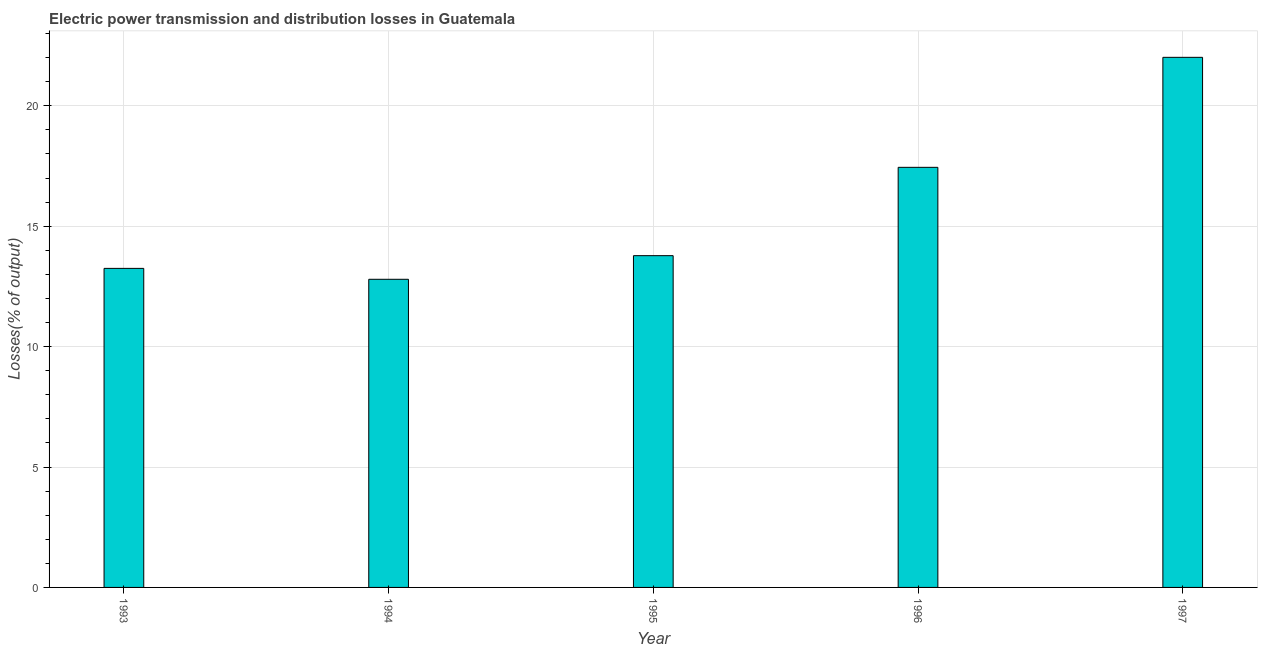
| Year | Electric power transmission and distribution losses |
 | --- | --- |
 | 1993 | 13.2 |
 | 1994 | 12.8 |
 | 1995 | 13.8 |
 | 1996 | 17.4 |
 | 1997 | 22 |